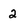
Character: 2